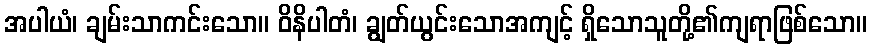
အပါယံ၊ ချမ်းသာကင်းသော။ ဝိနိပါတံ၊ ချွတ်ယွင်းသောအကျင့် ရှိသောသူတို့၏ကျရာဖြစ်သော။